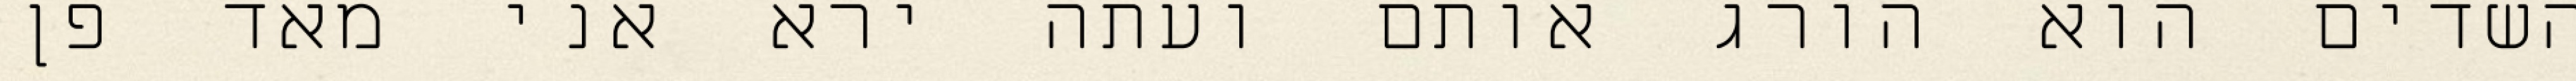
השדים הוא הורג אותם ועתה ירא אני מאד פן